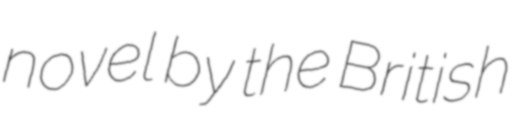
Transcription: novel by the British